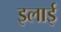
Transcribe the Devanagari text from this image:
इलाई